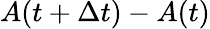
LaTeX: A(t+\Delta t)-A(t)